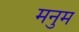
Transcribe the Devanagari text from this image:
मनुम